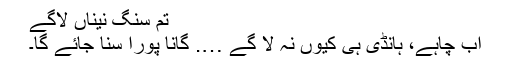
تم سنگ نیناں لاگے
اب چاہے، ہانڈی ہی کیوں نہ لا گے …. گانا پورا سنا جائے گا۔